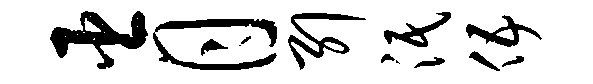
臣月引泯伍